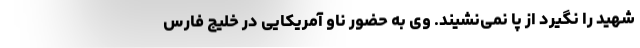
شهید را نگیرد از پا نمی‌نشیند. وی به حضور ناو آمریکایی در خلیج فارس